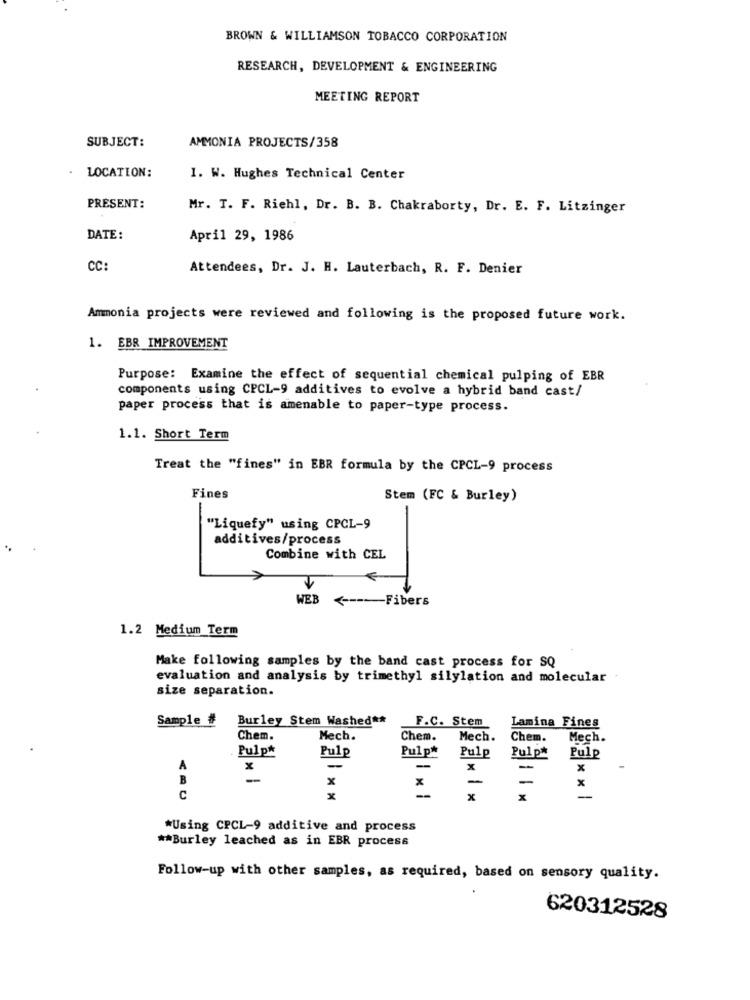
BROWN & WILLIAMSON TOBACCO CORPORATION
RESEARCH, DEVELOPMENT & ENGINEERING
MEETING REPORT
SUBJECT:
AMMONIA PROJECTS/358
LOCATION:
1. W. Hughes Technical Center
PRESENT:
Mr. T. F. Riehl, Dr. B. B. Chakraborty, Dr. E. F. Litzinger
DATE:
April 29, 1986
CC:
Attendees, Dr. J. H. Lauterbach, R. F. Denier
Ammonia projects were reviewed and following is the proposed future work.
EBR IMPROVEMENT
Purpose: Examine the effect of sequential chemical pulping of EBR
components using CPCL-9 additives to evolve a hybrid band cast/
paper process that is amenable to paper-type process.
1.1. Short Term
Treat the "fines" in EBR formula by the CPCL-9 process
Fines
Stem (FC & Burley)
-
"Liquefy" using CPCL-9
additives/process
Combine with CEL
WEB <---- Fibers
1.2 Medium Term
Make following samples by the band cast process for SQ
evaluation and analysis by trimethyl silylation and molecular
size separation.
Sample_#
Burley Stem Washed **
F.C. Stem
Lamina Fines
Chem.
Mech.
Chem.
Mech.
Chem.
Mech.
Pulp*
Pulp
Pulp*
Pulp
Pulp#
Pulp
A
x
-
x
-
x
-
x
-
-
x
-
C
x
x
X
*Using CPCL-9 additive and process
** Burley leached as in EBR process
Follow-up with other samples, as required, based on sensory quality.
620312528